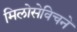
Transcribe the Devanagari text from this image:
मिलोसेविचने